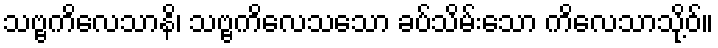
သဗ္ဗကိလေသာနိ၊ သဗ္ဗကိလေသသော ခပ်သိမ်းသော ကိလေသာသို့ဝ်။